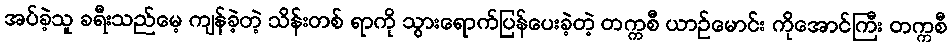
အပ်ခဲ့သူ ခရီးသည်မေ့ ကျန်ခဲ့တဲ့ သိန်းတစ် ရာကို သွားရောက်ပြန်ပေးခဲ့တဲ့ တက္ကစီ ယာဉ်မောင်း ကိုအောင်ကြီး တက္ကစီ